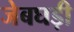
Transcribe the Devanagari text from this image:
जेबघड़ी